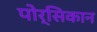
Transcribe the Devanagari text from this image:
पोर्सिकान